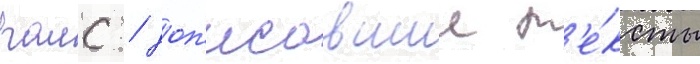
раис / доп'исавшии т'е́ксты